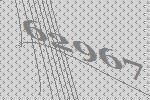
62967